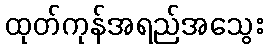
ထုတ်ကုန်အရည်အသွေး